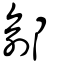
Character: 鄃